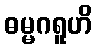
ဓမ္မဂရူဟိ